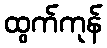
ထွက်ကုန်